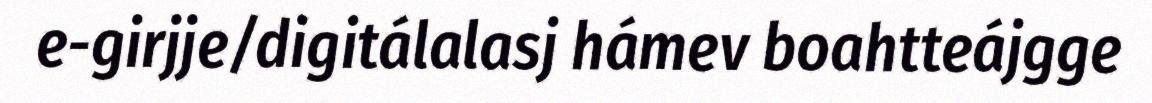
e-girjje/digitálalasj hámev boahtteájgge